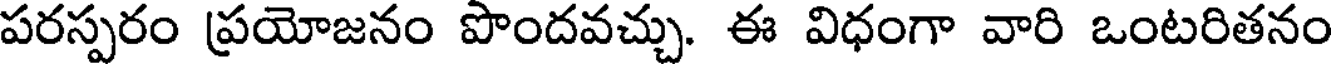
పరస్పరం ప్రయోజనం పొందవచ్చు. ఈ విధంగా వారి ఒంటరితనం